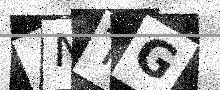
Text: ANTG